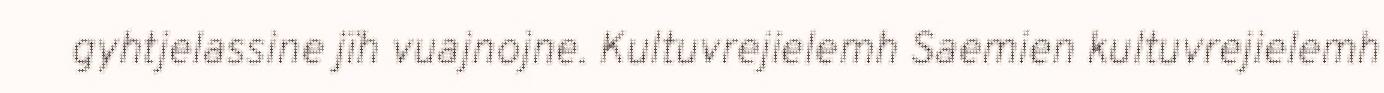
gyhtjelassine jïh vuajnojne. Kultuvrejielemh Saemien kultuvrejielemh